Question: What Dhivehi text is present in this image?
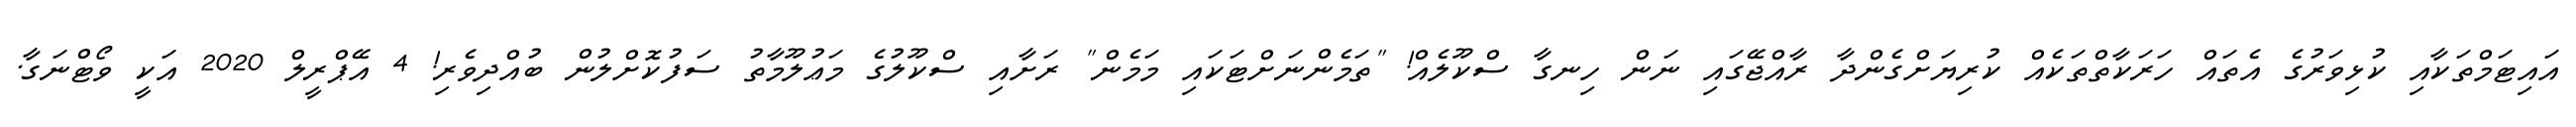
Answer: އައިޓަމްތަކާއި ކުޅިވަރުގެ އެތައް ހަރަކާތްތަކެއް ކުރިޔަށްގެންދާ ރާއްޖޭގައި ނަން ހިނގާ ސްކޫލެއް! "ތަމެންނަށްޓަކައި މަމެން" ރަށާއި ސްކޫލުގެ މަޢުލޫމާތު ސަފުކޮށްލުން ބުއްދިވެރި! 4 އޭޕްރީލް 2020 އަކީ ވޯޓްނަގާ.